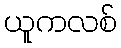
ယူကလစ်